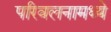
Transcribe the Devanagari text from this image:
परिवलनामध्ये